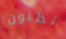
تظنون